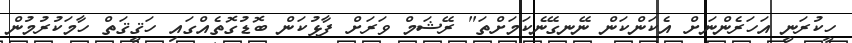
ހީކުރަނީ އަހަރެންނަށް އެކަންކަން ނޭނގޭނެކަމަށްތަ" ރޭޝަމް ވަރަށް ފާޅުކަން ބޮޑުގޮތެއްގައި ހަޤީޤަތް ހާމަކުރުމުން